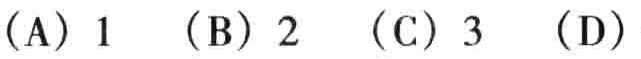
(A) 1  (B) 2  (C) 3  (D)